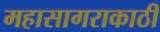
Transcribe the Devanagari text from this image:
महासागराकाठी